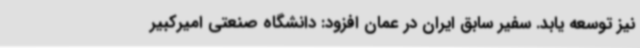
نیز توسعه یابد. سفیر سابق ایران در عمان افزود: دانشگاه صنعتی امیرکبیر